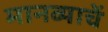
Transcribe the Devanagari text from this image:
मानव्याचें